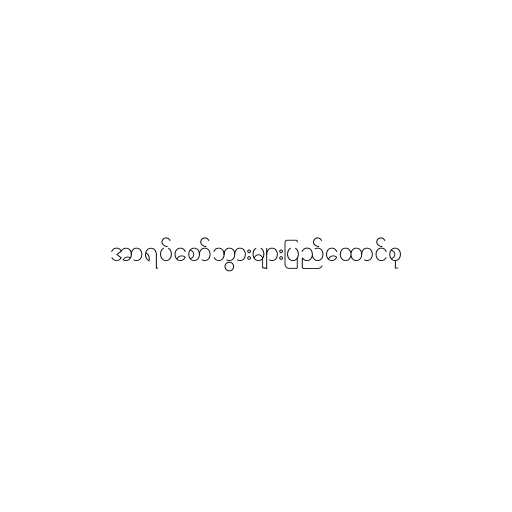
အာရပ်စော်ဘွားများပြည်ထောင်စု